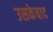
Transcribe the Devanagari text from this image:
उसकेवाद